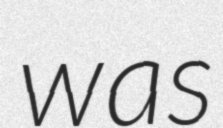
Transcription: was